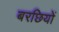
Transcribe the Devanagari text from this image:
बरछियों